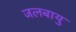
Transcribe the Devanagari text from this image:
जलबायु